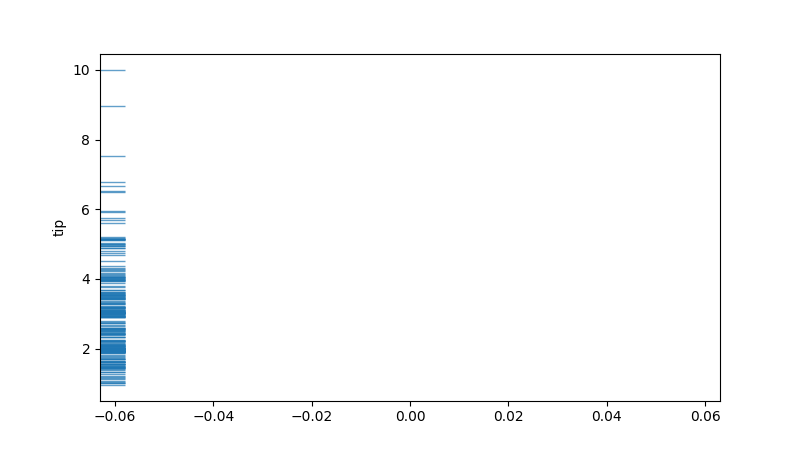
python, seaborn, rugplot, height=0.04, axis='y', alpha=0.7